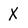
Character: X